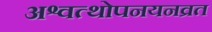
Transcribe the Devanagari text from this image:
अश्वत्थोपनयनव्रत